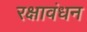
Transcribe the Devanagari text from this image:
रक्षावंधन